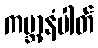
ကမ္ဘာ့နံပါတ်